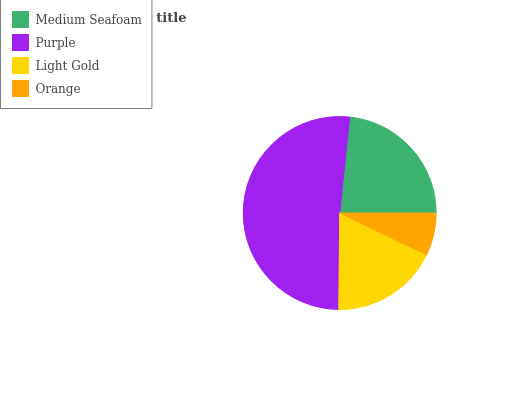
| Medium Seafoam | Purple | Light Gold | Orange |
 | --- | --- | --- | --- |
 | 23.4% | 51.5% | 18% | 7.15% |